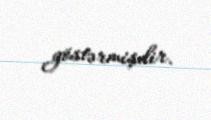
göstərmişdir.